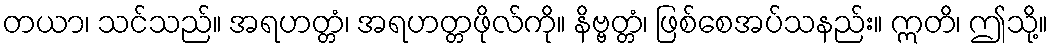
တယာ၊ သင်သည်။ အရဟတ္တံ၊ အရဟတ္တဖိုလ်ကို။ နိဗ္ဗတ္တံ၊ ဖြစ်စေအပ်သနည်း။ ဣတိ၊ ဤသို့။